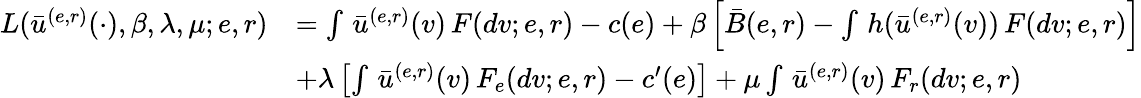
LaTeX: \begin{array}{rl}{L(\bar{u}^{(e,r)}(\cdot),\beta,\lambda,\mu;e,r)}&{=\int\, \bar{u}^{(e,r)}(v)\, F(dv;e,r)-c(e)+\beta\left[\bar{B}(e,r)-\int\, h(\bar{u}^{(e,r)}(v))\, F(dv;e,r)\right]}\\ &{+\lambda\left[\int\, \bar{u}^{(e,r)}(v)\, F_{e}(dv;e,r)-c^{\prime}(e)\right]+\mu\int\, \bar{u}^{(e,r)}(v)\, F_{r}(dv;e,r)}\end{array}